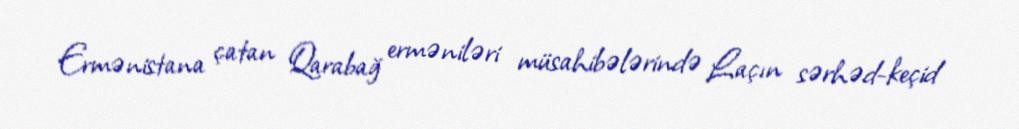
Ermənistana çatan Qarabağ erməniləri müsahibələrində Laçın sərhəd-keçid